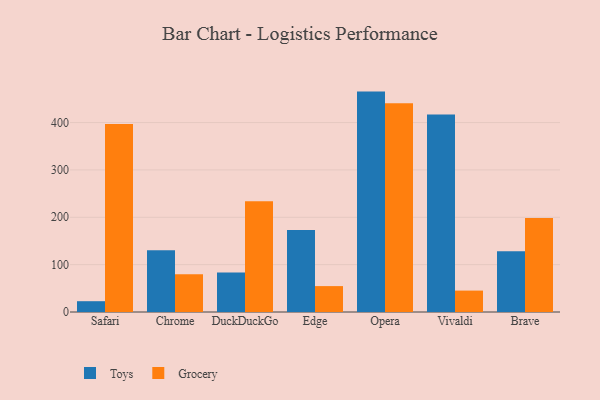
{"axis": {"x": "Browser", "y": "Conversion Rate (%)"}, "legend": ["Grocery", "Toys"], "data": [{"x": "Safari", "y": 22.8, "type": "Toys"}, {"x": "Safari", "y": 396.8, "type": "Grocery"}, {"x": "Chrome", "y": 130.3, "type": "Toys"}, {"x": "Chrome", "y": 79.9, "type": "Grocery"}, {"x": "DuckDuckGo", "y": 83.4, "type": "Toys"}, {"x": "DuckDuckGo", "y": 234.0, "type": "Grocery"}, {"x": "Edge", "y": 173.4, "type": "Toys"}, {"x": "Edge", "y": 54.7, "type": "Grocery"}, {"x": "Opera", "y": 465.4, "type": "Toys"}, {"x": "Opera", "y": 440.6, "type": "Grocery"}, {"x": "Vivaldi", "y": 417.1, "type": "Toys"}, {"x": "Vivaldi", "y": 45.2, "type": "Grocery"}, {"x": "Brave", "y": 128.3, "type": "Toys"}, {"x": "Brave", "y": 198.4, "type": "Grocery"}]}